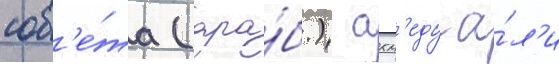
сов'е́та (ара́б.) ахм'еду а́л'и